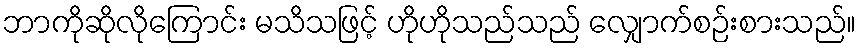
ဘာကိုဆိုလိုကြောင်း မသိသဖြင့် ဟိုဟိုသည်သည် လျှောက်စဉ်းစားသည်။